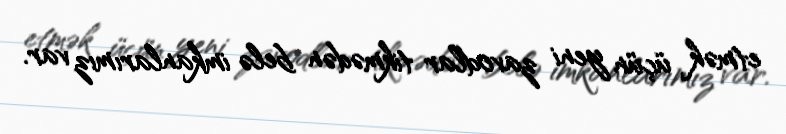
etmək üçün yeni zavodlar tikmədən belə imkanlarımız var.